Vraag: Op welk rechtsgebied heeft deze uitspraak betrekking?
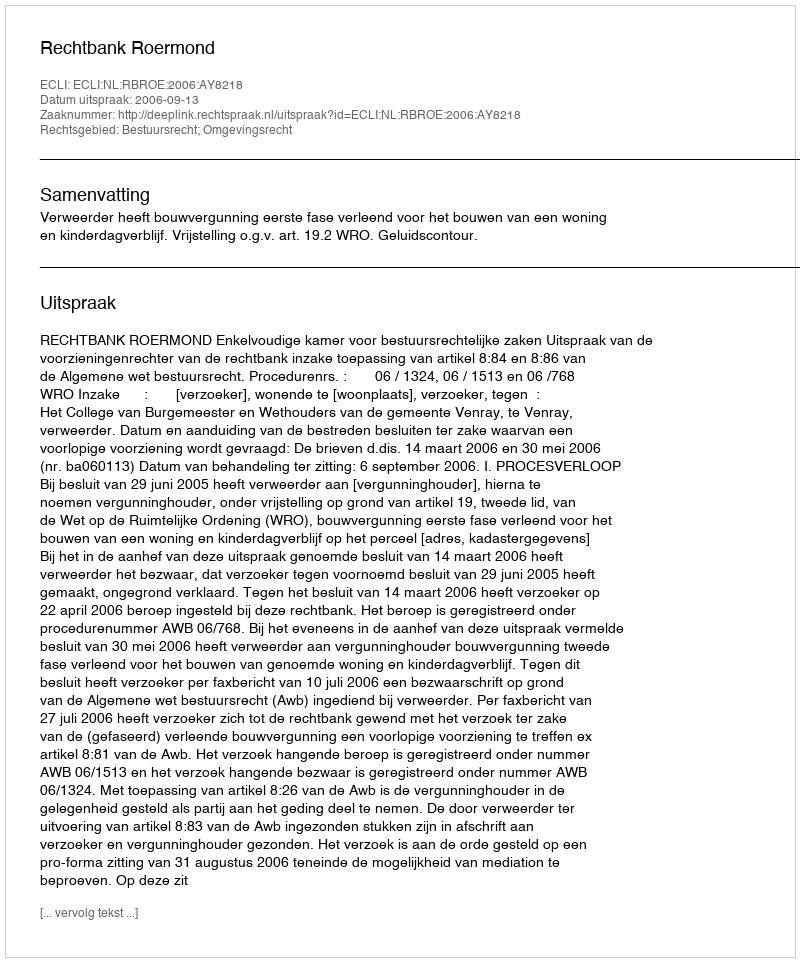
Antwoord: Bestuursrecht; Omgevingsrecht